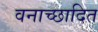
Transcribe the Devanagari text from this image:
वनाच्‍छादित